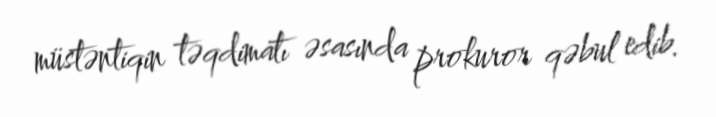
müstəntiqin təqdimatı əsasında prokuror qəbul edib.